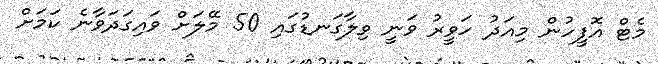
މެޓް އޮފީހުން މިއަދު ހަވީރު ވަނީ ވިލާގަނޑުގައި 50 މޭލަށް ވައިގަދަވާނެ ކަމަށް